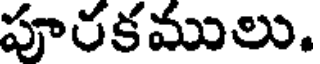
పూరకములు.